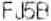
FJ5B